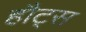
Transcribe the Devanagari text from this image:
हौट्स